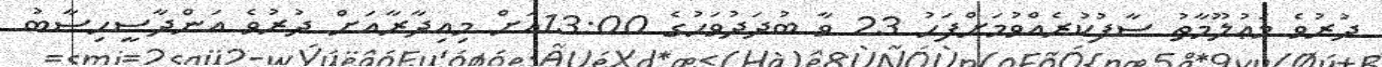
ދުރުވެ މަޢުލޫމާތު ސާފުކުރެއްވުމަށްފަހު 23 ވާ ބުދަދުވަހުގެ 13:00އަށް މިއިދާރާއަށް ދުރުވެ އަންދާސީހިސާބު